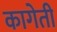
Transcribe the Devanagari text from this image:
कागेती